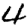
Digit: 4